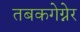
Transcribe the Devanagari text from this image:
तबकगेग्नेर